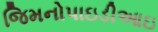
જિમનોપાઇડીઆઇ